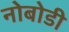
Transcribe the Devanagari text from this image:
नोबोडी